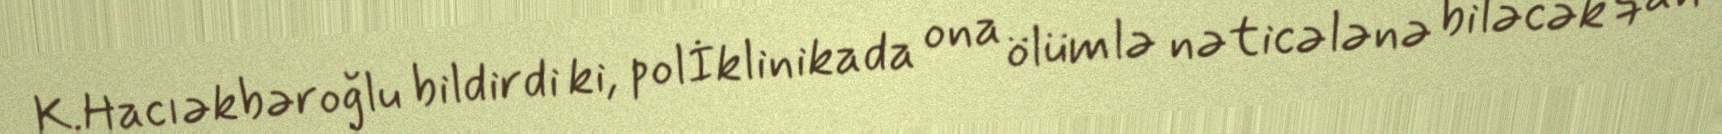
K.Hacıəkbəroğlu bildirdi ki, polİklinikada ona ölümlə nəticələnə biləcək qan